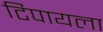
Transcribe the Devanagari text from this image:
टिपायला